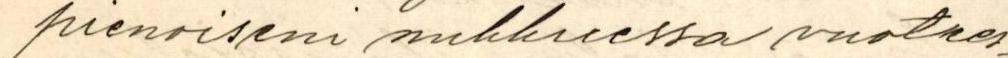
pienoiseni nukkuessa vuotees-